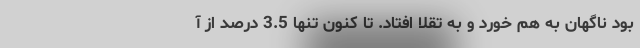
بود ناگهان به هم خورد و به تقلا افتاد. تا کنون تنها 3.5 درصد از آ